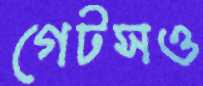
গেটসও